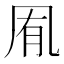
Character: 𭂱